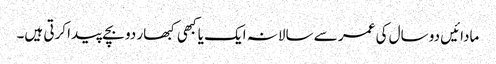
مادائیں دو سال کی عمر سے سالانہ ایک یا کبھی کبھار دو بچے پیدا کرتی ہیں۔